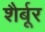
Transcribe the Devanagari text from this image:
शैर्बूर